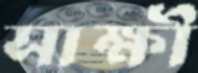
সাক্ষী